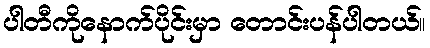
ပါတီကိုနောက်ပိုင်းမှာ တောင်းပန်ပါတယ်။